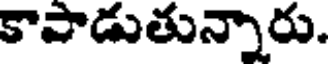
కాపాడుతున్నారు.